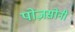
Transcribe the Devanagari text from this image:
पोज़सोनी